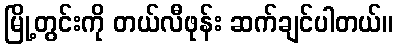
မြို့တွင်းကို တယ်လီဖုန်း ဆက်ချင်ပါတယ်။